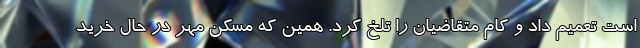
است تعمیم داد و کام متقاضیان را تلخ کرد. همین که مسکن مهر در حال خرید